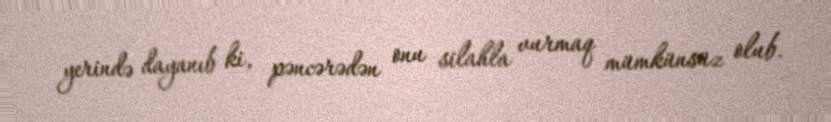
yerində dayanıb ki, pəncərədən onu silahla vurmaq mümkünsüz olub.